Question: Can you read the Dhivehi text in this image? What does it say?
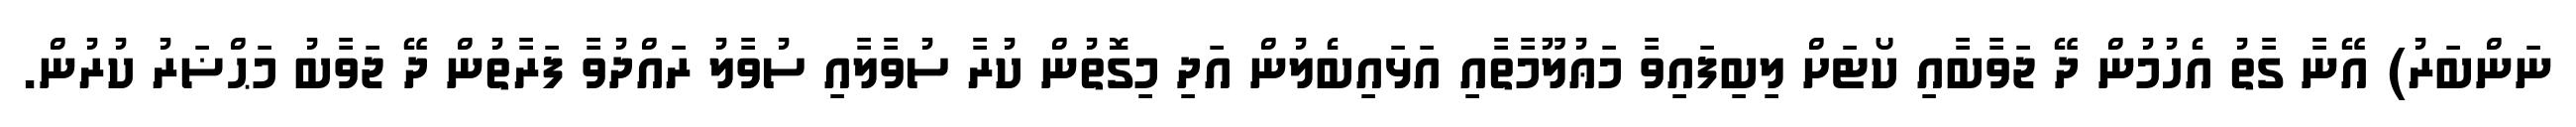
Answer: ނަންބަރު) އޭނާ ގާތު އެހުމުން ދޭ ޖަވާބާއި ކޯޓަށް ލިބިފައިވާ މަޢުލޫމާތާއި އަޅައިބެލުން އަދި މިގޮތުން ކުރާ ސުވާލާއި ސުވާލު ރައްދުވާ ފަރާތުން ދޭ ޖަވާބު މަޙްޟަރު ކުރުން.